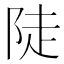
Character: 陡